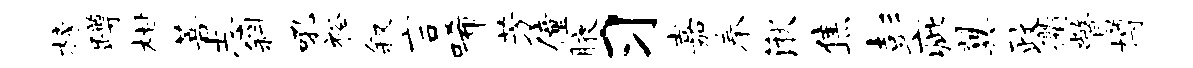
榜蹲柑菩志斜吼裕叙言唏芳僮腋习嘉奉湫焦彭疵翼政衢瞥樽